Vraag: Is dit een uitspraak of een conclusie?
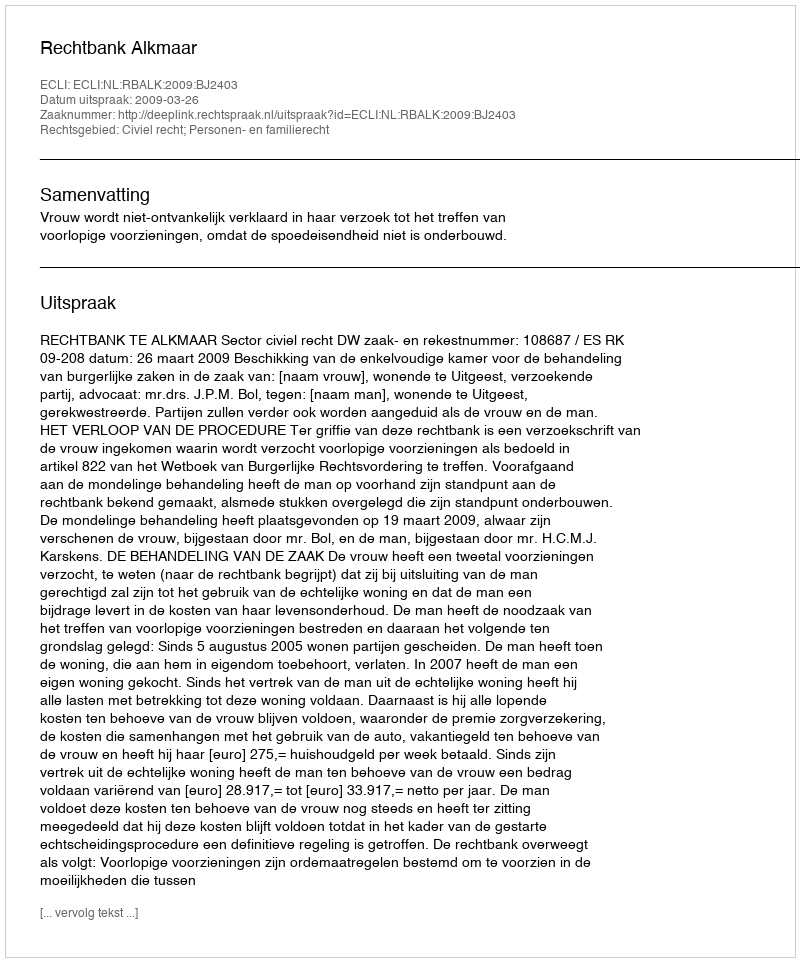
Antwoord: Uitspraak